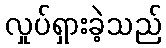
လှုပ်ရှားခဲ့သည်